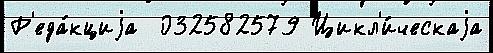
Р'еда́кциjа  032582579 Цикл'и́ческаjа